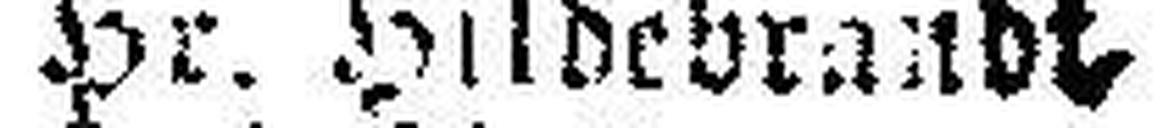
Hr. Hildebrandt